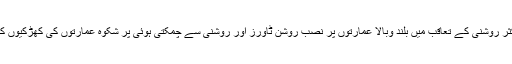
نقل مکانی کرنے والے پرندوں میں اکثر روشنی کے تعاقب میں بلند وبالا عمارتوں پر نصب روشن ٹاورز اور روشنی سے چمکتی ہوئی پر شکوہ عمارتوں کی کھڑکیوں کے شیشوں سے ٹکرا کر مرجاتے ہیں۔